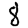
Digit: 8